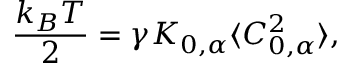
\frac { k _ { B } T } { 2 } = \gamma K _ { 0 , \alpha } \langle C _ { 0 , \alpha } ^ { 2 } \rangle ,